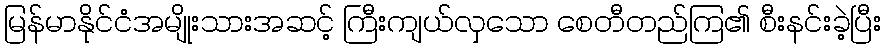
မြန်မာနိုင်ငံအမျိုးသားအဆင့် ကြီးကျယ်လှသော စေတီတည်ကြ၏ စီးနင်းခဲ့ပြီး